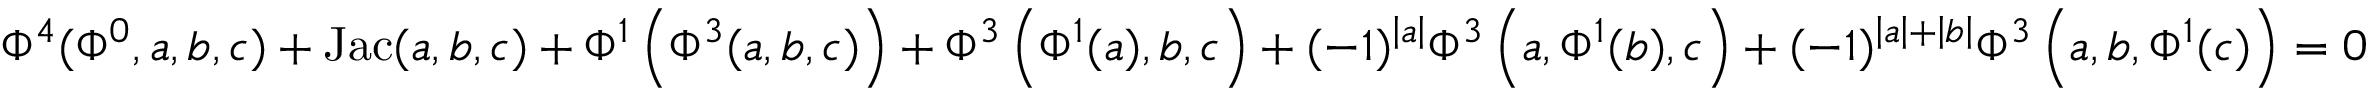
\Phi ^ { 4 } ( \Phi ^ { 0 } , a , b , c ) + \mathrm { { J a c } } ( a , b , c ) + \Phi ^ { 1 } \left( \Phi ^ { 3 } ( a , b , c ) \right) + \Phi ^ { 3 } \left( \Phi ^ { 1 } ( a ) , b , c \right) + ( - 1 ) ^ { \left| a \right| } \Phi ^ { 3 } \left( a , \Phi ^ { 1 } ( b ) , c \right) + ( - 1 ) ^ { \left| a \right| + \left| b \right| } \Phi ^ { 3 } \left( a , b , \Phi ^ { 1 } ( c ) \right) = 0